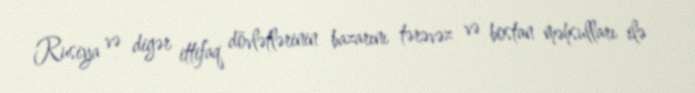
Rusiya və digər ittifaq dövlətlərinin bazarını tərəvəz və bostan məhsulları ilə